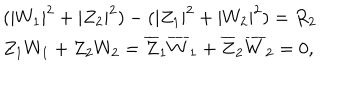
\begin{array} { l c r } { { ( | W _ { 1 } | ^ { 2 } + | Z _ { 2 } | ^ { 2 } ) - ( | Z _ { 1 } | ^ { 2 } + | W _ { 2 } | ^ { 2 } ) = R _ { 2 } } } \\ { { Z _ { 1 } W _ { 1 } + Z _ { 2 } W _ { 2 } = \overline { { { Z } } } _ { 1 } \overline { { { W } } } _ { 1 } + \overline { { { Z } } } _ { 2 } \overline { { { W } } } _ { 2 } = 0 , } } \\ \end{array}